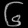
Digit: ၆